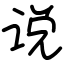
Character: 说